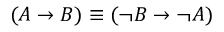
( A \to B ) \equiv ( \neg B \to \neg A )